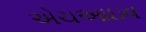
એચઆઇવ